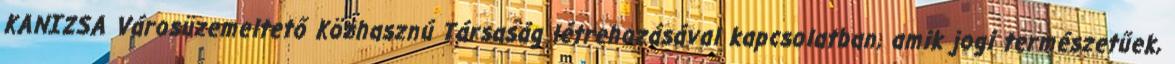
KANIZSA Városüzemeltető Közhasznú Társaság létrehozásával kapcsolatban, amik jogi természetűek,